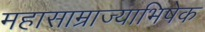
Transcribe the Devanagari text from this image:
महासाम्राज्याभिषेक